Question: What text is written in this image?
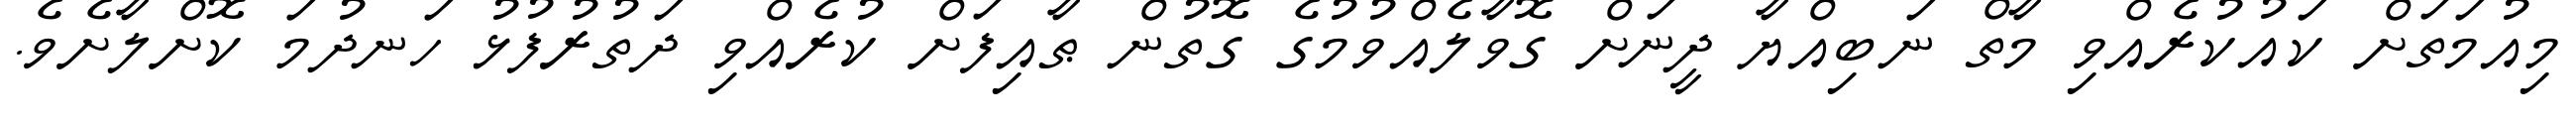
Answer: މިއުމަތަށް ކައުކުރެއްވި މާތް ނަބިއްޔާ ދީނަށް ގޮވާލެއްވުމުގެ ގޮތުން ޠާއިފަށް ކުރެއްވި ދަތުރުފުޅު ހަނދުމަ ކޮށްލާށެވެ.